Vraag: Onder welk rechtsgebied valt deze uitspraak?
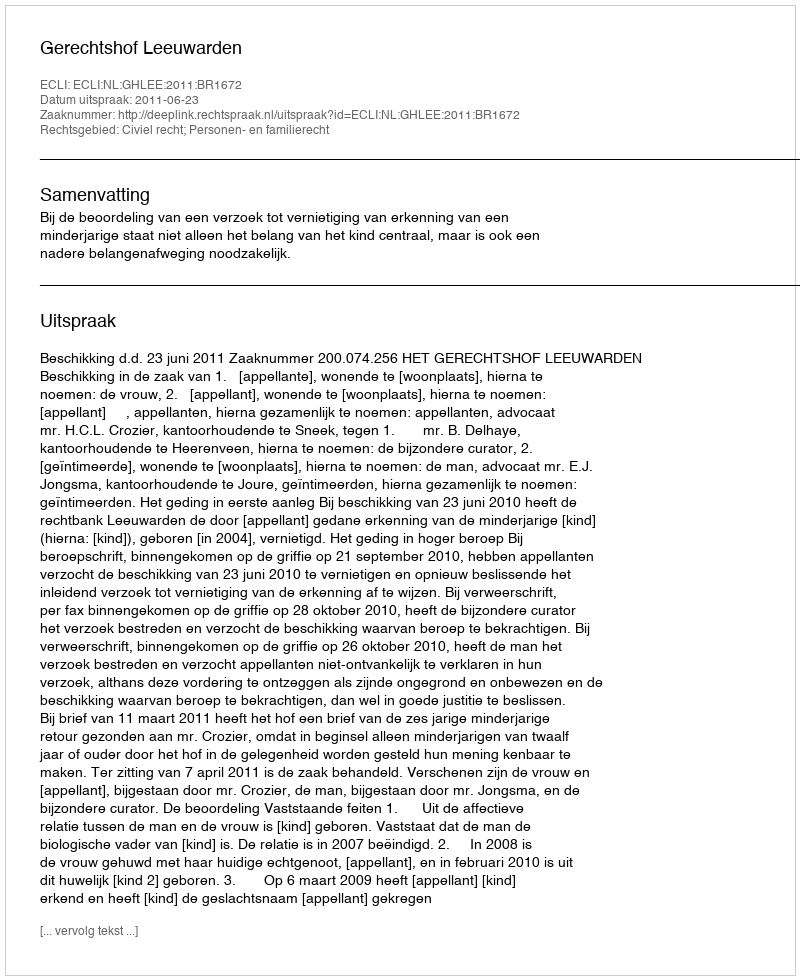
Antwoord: Civiel recht; Personen- en familierecht